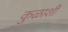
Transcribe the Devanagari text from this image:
कुळाशी